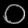
Digit: ၀